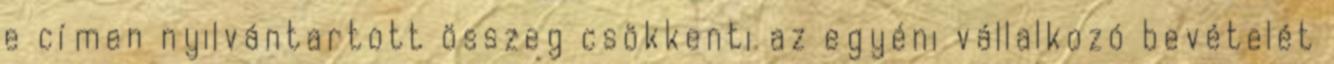
e címen nyilvántartott összeg csökkenti az egyéni vállalkozó bevételét